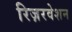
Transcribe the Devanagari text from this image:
रिज़रवेशन